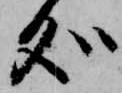
処